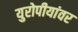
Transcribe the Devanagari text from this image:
युरोपीयांवर